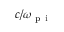
c / \omega _ { \mathrm { ~ p ~ i ~ } }